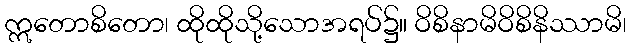
ဣတောစိတော၊ ထိုထိုသို့သောအရပ်၌။ ဝိစိနာမိဝိစိနိဿာမိ၊